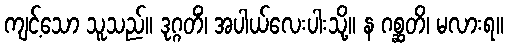
ကျင့်သော သူသည်။ ဒုဂ္ဂတိံ၊ အပါယ်လေးပါးသို့။ န ဂစ္ဆတိ၊ မလားရ။